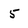
Character: 5